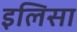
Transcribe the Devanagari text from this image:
इलिसा